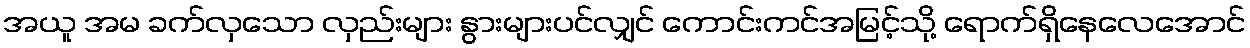
အယူ အမ ခက်လှသော လှည်းများ နွားများပင်လျှင် ကောင်းကင်အမြင့်သို့ ရောက်ရှိနေလေအောင်